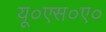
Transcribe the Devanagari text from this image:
यू०एस०ए०